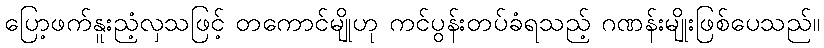
ပြော့ဖက်နူးညံ့လှသဖြင့် တကောင်မျိုဟု ကင်ပွန်းတပ်ခံရသည့် ဂဏန်းမျိုးဖြစ်ပေသည်။